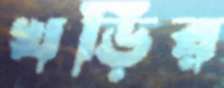
খড়ির